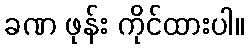
ခဏ ဖုန်း ကိုင်ထားပါ။